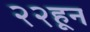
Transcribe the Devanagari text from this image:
२२हून